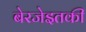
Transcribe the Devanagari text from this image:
बेरजेइतकी